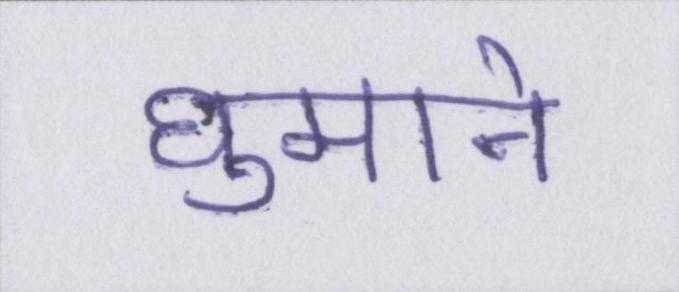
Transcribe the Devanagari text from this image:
घुमाने